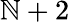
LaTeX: \mathbb{N}+2